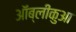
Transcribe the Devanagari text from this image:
ऑब्लीकुआ